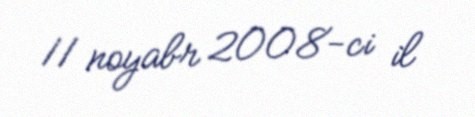
11 noyabr 2008-ci il